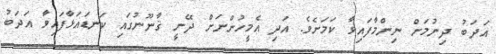
އަދަބު ދިނުމަށް ނިންމާފައިވާ ކަމަށެވެ. އަދި އެމީހުންނަށް ދޭނީ ޤާނޫނުގައި ކަނޑައަޅާފައިވާ އަދަބު